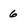
Character: 6